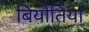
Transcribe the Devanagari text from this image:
बियोतिया